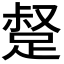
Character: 𮛣